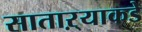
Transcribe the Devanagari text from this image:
साताऱ्याकडे